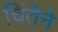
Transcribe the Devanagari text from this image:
चिंतेने